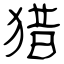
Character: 猎